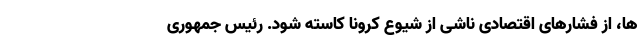
ها، از فشارهای اقتصادی ناشی از شیوع کرونا کاسته شود. رئیس جمهوری